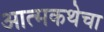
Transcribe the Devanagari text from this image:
आत्मकथेचा